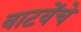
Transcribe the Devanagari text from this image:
वाटवेंचे